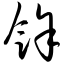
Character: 馑